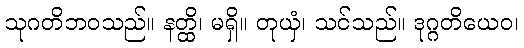
သုဂတိဘဝသည်။ နတ္ထိ၊ မရှိ။ တုယှံ၊ သင်သည်။ ဒုဂ္ဂတိယေဝ၊